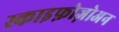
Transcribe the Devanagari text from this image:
स्काइफ़ोज़ोअन